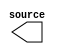

module reset (
	source);	

	output	[0:0]	source;
endmodule